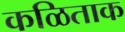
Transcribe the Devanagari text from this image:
कळिताक